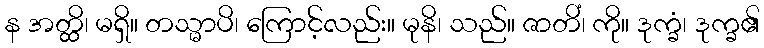
န အတ္ထိ၊ မရှိ။ တသ္မာပိ၊ ကြောင့်လည်း။ မုနိ၊ သည်။ ဇာတိံ၊ ကို။ ဒုက္ခံ၊ ဒုက္ခ၏